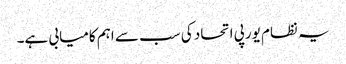
یہ نظام یورپی اتحاد کی سب سے اہم کامیابی ہے۔